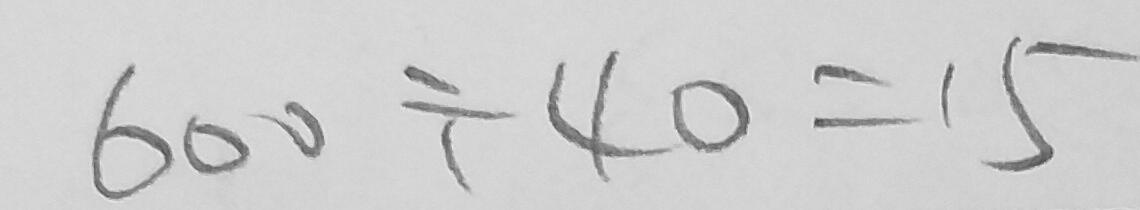
6 0 0 \div 4 0 = 1 5